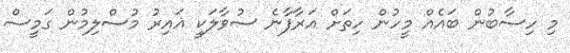
މި ހިސާބުން ބައެއް މީހުން ހިތަށް އަރާފާނެ ސުވާލަކީ ޣައިރު މުސްލިމުން ގަމީސް